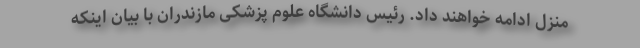
منزل ادامه خواهند داد. رئیس دانشگاه علوم پزشکی مازندران با بیان اینکه